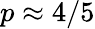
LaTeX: p\approx 4/5